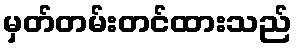
မှတ်တမ်းတင်ထားသည်